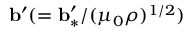
{ \bf { b } } ^ { \prime } ( = { \bf { b } } _ { \ast } ^ { \prime } / ( \mu _ { 0 } \rho ) ^ { 1 / 2 } )